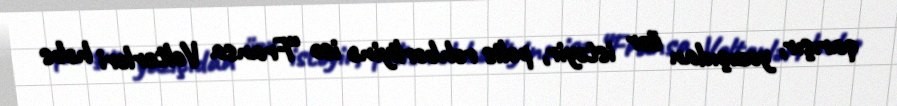
qarışır, yazıçıdan üzr istəyir, polis rəhbərliyinə isə “Fransa Volterləri həbs